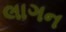
લાગન